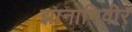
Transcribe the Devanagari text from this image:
झानामिवीर